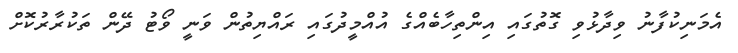
އެމަނިކުފާނު ވިދާޅުވި ގޮތުގައި އިންތިހާބެއްގެ އުއްމީދުގައި ރައްޔިތުން ވަނީ ވޯޓު ދޭން ތަކުރާރުކޮށް